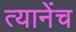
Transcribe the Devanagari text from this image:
त्यानेंच